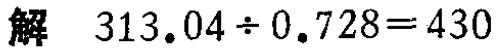
解 \(313.04\div0.728 = 430\)